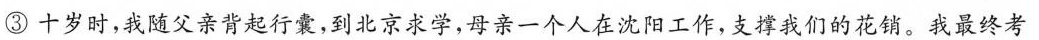
③十岁时，我随父亲背起行囊，到北京求学，母亲一个人在沈阳工作，支撑我们的花销。我最终考